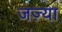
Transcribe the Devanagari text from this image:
जज़्या